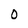
Character: 0